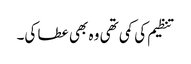
تنظیم کی کمی تھی وہ بھی عطا کی۔